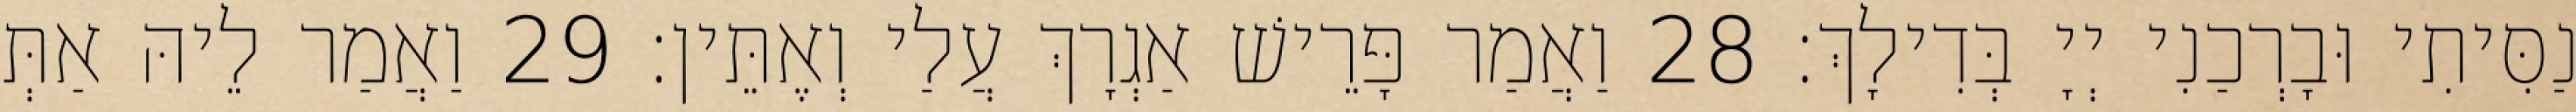
נַסִּיתִי וּבָרְכַנִי יְיָ בְּדִילָךְ׃ 28 וַאֲמַר פָּרֵישׁ אַגְרָךְ עֲלַי וְאֶתֵּין׃ 29 וַאֲמַר לֵיהּ אַתְּ